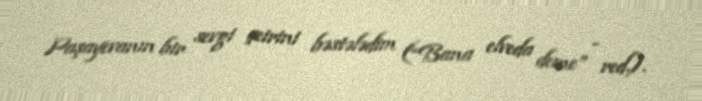
Paşayevanın bir sevgi şeirini bəstələdim (“Bana elveda deme” - red.).